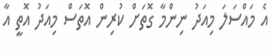
އެ މައްސަލަ މިއަދު ނިންމާ ގޮތަށް ކުރިން އޮތަސް މިއަދު އޮތީ އާ